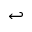
\hookleftarrow